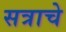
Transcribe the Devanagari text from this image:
सत्राचे